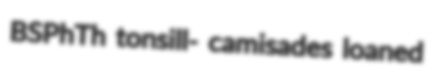
BSPhTh tonsill- camisades loaned